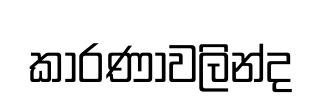
කාරණාවලින්ද